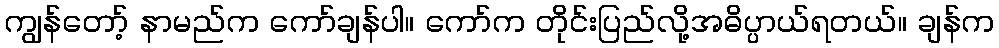
ကျွန်တော့် နာမည်က ကော်ချန်ပါ။ ကော်က တိုင်းပြည်လို့အဓိပ္ပာယ်ရတယ်။ ချန်က